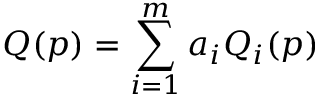
Q ( p ) = \sum _ { i = 1 } ^ { m } a _ { i } Q _ { i } ( p )